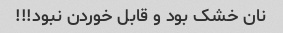
نان خشک بود و قابل خوردن نبود!!!